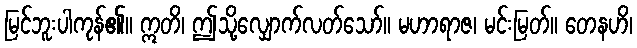
မြင်ဘူးပါကုန်၏။ ဣတိ၊ ဤသို့လျှောက်လတ်သော်။ မဟာရာဇ၊ မင်းမြတ်။ တေနဟိ၊